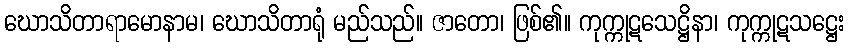
ဃောသိတာရာမောနာမ၊ ဃောသိတာရုံ မည်သည်။ ဇာတော၊ ဖြစ်၏။ ကုက္ကုဋသေဋ္ဌိနာ၊ ကုက္ကုဋသဋ္ဌေး